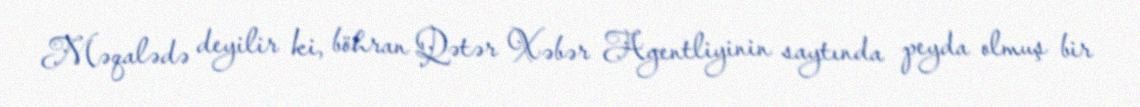
Məqalədə deyilir ki, böhran Qətər Xəbər Agentliyinin saytında peyda olmuş bir